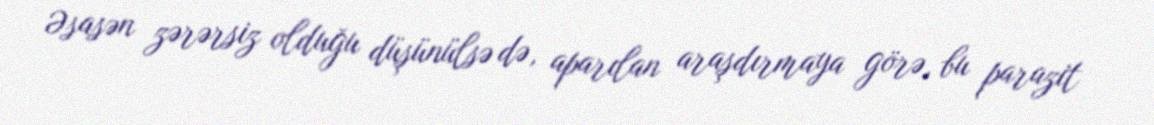
Əsasən zərərsiz olduğu düşünülsə də, aparılan araşdırmaya görə, bu parazit